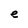
Character: e